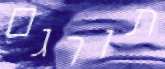
תורגם